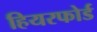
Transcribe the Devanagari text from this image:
हियरफोर्ड